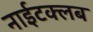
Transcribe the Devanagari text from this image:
नाईटक्लब